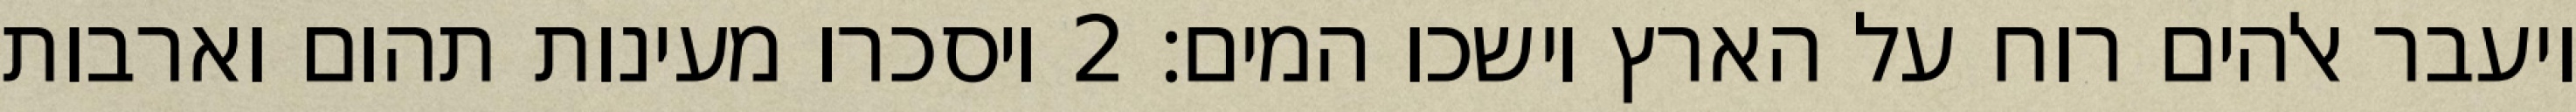
ויעבר אלהים רוח על הארץ וישכו המים׃ ‎2‏ ויסכרו מעינות תהום וארבות